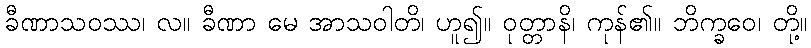
ခီဏာသဝဿ၊ လ။ ခီဏာ မေ အာသဝါတိ၊ ဟူ၍။ ဝုတ္တာနိ၊ ကုန်၏။ ဘိက္ခဝေ၊ တို့။